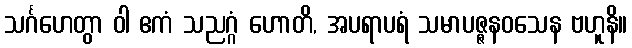
သင်္ဂဟေတွာ ဝါ ဧကံ သညဂ္ဂံ ဟောတိ, အပရာပရံ သမာပဇ္ဇနဝသေန ဗဟူနိ။